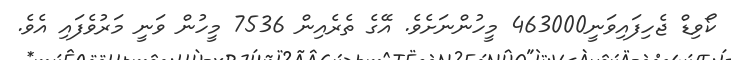
ކޯވިޑް ޖެހިފައިވަނީ463000 މީހުންނަށެވެ. އޭގެ ތެރެއިން 7536 މީހުން ވަނީ މަރުވެފައި އެވެ.